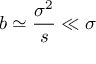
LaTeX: b \simeq { \frac { \sigma ^ { 2 } } { s } } \ll \sigma